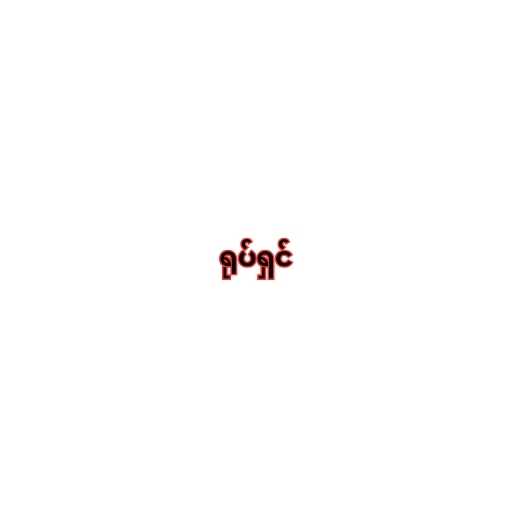
ရုပ်ရှင်